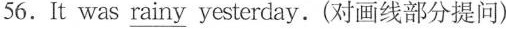
56.It was\underline{rainy} yesterday.(对画线部分提问)